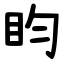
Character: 盷